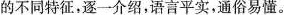
的不同特征，逐一介绍，语言平实，通俗易懂。